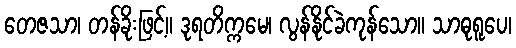
တေဇသာ၊ တန်ခိုးဖြင့်။ ဒုရတိက္ကမေ၊ လွန်နိုင်ခဲကုန်သော။ သာဓုရူပေ၊